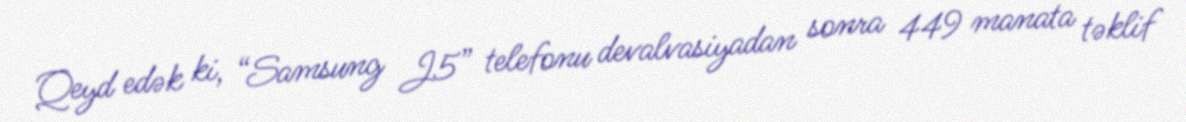
Qeyd edək ki, “Samsung J5” telefonu devalvasiyadan sonra 449 manata təklif